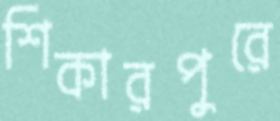
শিকারপুরে